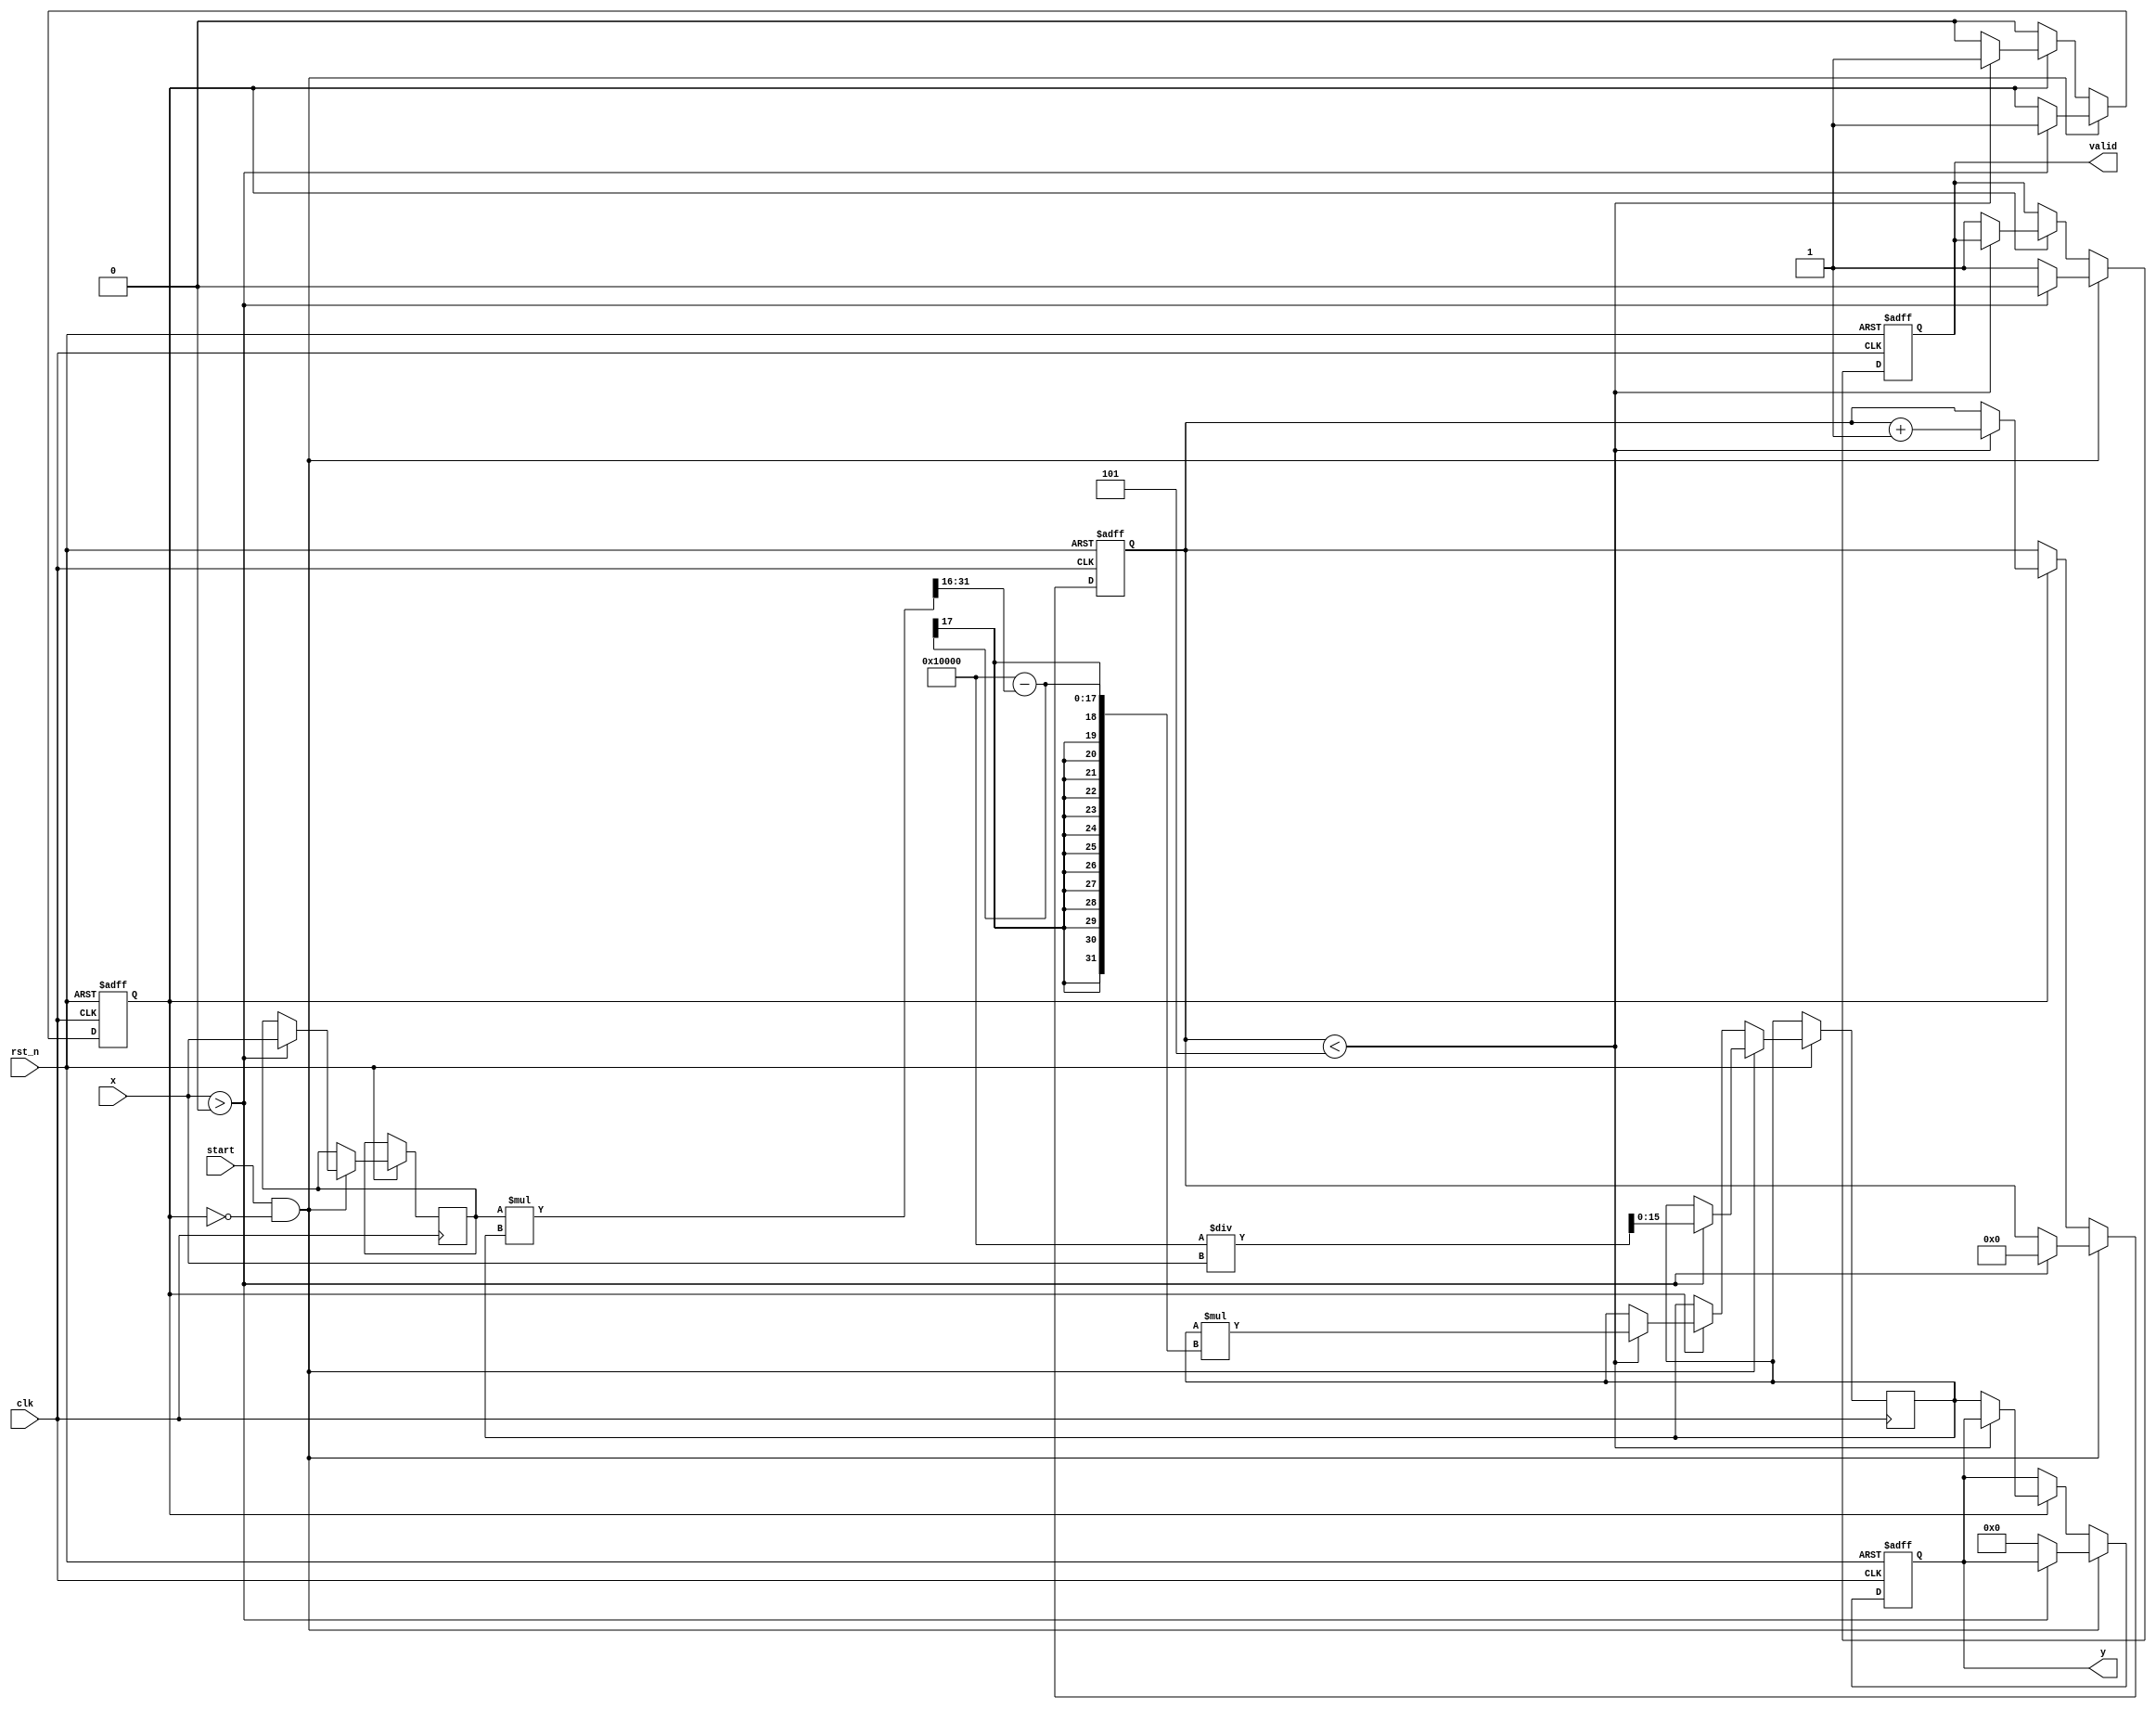
module fixed_point_reciprocal #(
    parameter INPUT_WIDTH = 16, // Total bits for input (m + n)
    parameter OUTPUT_WIDTH = 16, // Total bits for output (m + n)
    parameter MAX_ITERATIONS = 5  // Maximum iterations for Newton-Raphson
)(
    input wire clk,
    input wire rst_n,
    input wire start,
    input wire [INPUT_WIDTH-1:0] x, // Fixed-point input
    output reg [OUTPUT_WIDTH-1:0] y, // Fixed-point output (reciprocal)
    output reg valid // Output valid signal
);

    reg [INPUT_WIDTH-1:0] x_reg;
    reg [OUTPUT_WIDTH-1:0] guess;
    reg [3:0] iteration_count;
    reg computing;

    // Initial guess for Newton-Raphson (1/x) can be set as a fixed value or calculated
    initial begin
        valid = 0;
        computing = 0;
        iteration_count = 0;
        y = 0;
    end

    always @(posedge clk or negedge rst_n) begin
        if (!rst_n) begin
            valid <= 0;
            computing <= 0;
            iteration_count <= 0;
            y <= 0;
        end else begin
            if (start && !computing) begin
                // Input validation: x should be greater than 0
                if (x > 0) begin
                    x_reg <= x;
                    guess <= (1 << OUTPUT_WIDTH) / x; // Initial guess: 1/x
                    iteration_count <= 0;
                    computing <= 1;
                    valid <= 0;
                end else begin
                    // Handle invalid input (x <= 0)
                    y <= 0; // Or set to a predefined error value
                    valid <= 1;
                end
            end else if (computing) begin
                // Perform Newton-Raphson iterations
                if (iteration_count < MAX_ITERATIONS) begin
                    // y = y * (2 - x * y) => Newton-Raphson update
                    guess <= guess * ((1 << OUTPUT_WIDTH) - (x_reg * guess >> OUTPUT_WIDTH));
                    iteration_count <= iteration_count + 1;
                end else begin
                    // Finished computing, set the output
                    y <= guess;
                    valid <= 1;
                    computing <= 0;
                end
            end
        end
    end

endmodule